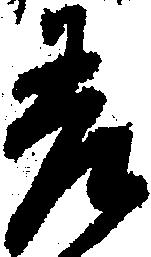
差